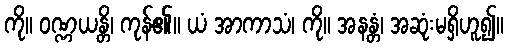
ကို။ ဝဏ္ဏယန္တိ၊ ကုန်၏။ ယံ အာကာသံ၊ ကို။ အနန္တံ၊ အဆုံးမရှိဟူ၍။